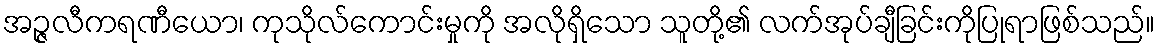
အဉ္ဇလီကရဏီယော၊ ကုသိုလ်ကောင်းမှုကို အလိုရှိသော သူတို့၏ လက်အုပ်ချီခြင်းကိုပြုရာဖြစ်သည်။